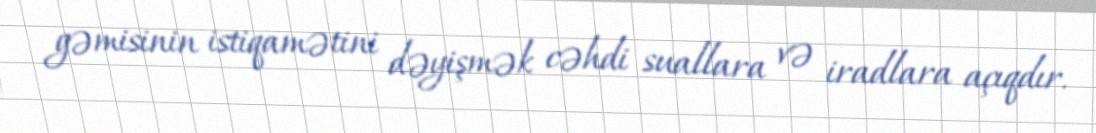
gəmisinin istiqamətini dəyişmək cəhdi suallara və iradlara açıqdır.